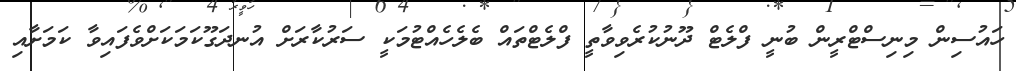
ހައުސިން މިނިސްޓްރީން ބުނީ ފްލެޓް ދޫނުކުރެވިވާތީ ފްލެޓްތައް ބެލެހެއްޓުމަކީ ސަރުކާރަށް އުނދަގޫކަމަކަށްވެފައިވާ ކަމަށާއި